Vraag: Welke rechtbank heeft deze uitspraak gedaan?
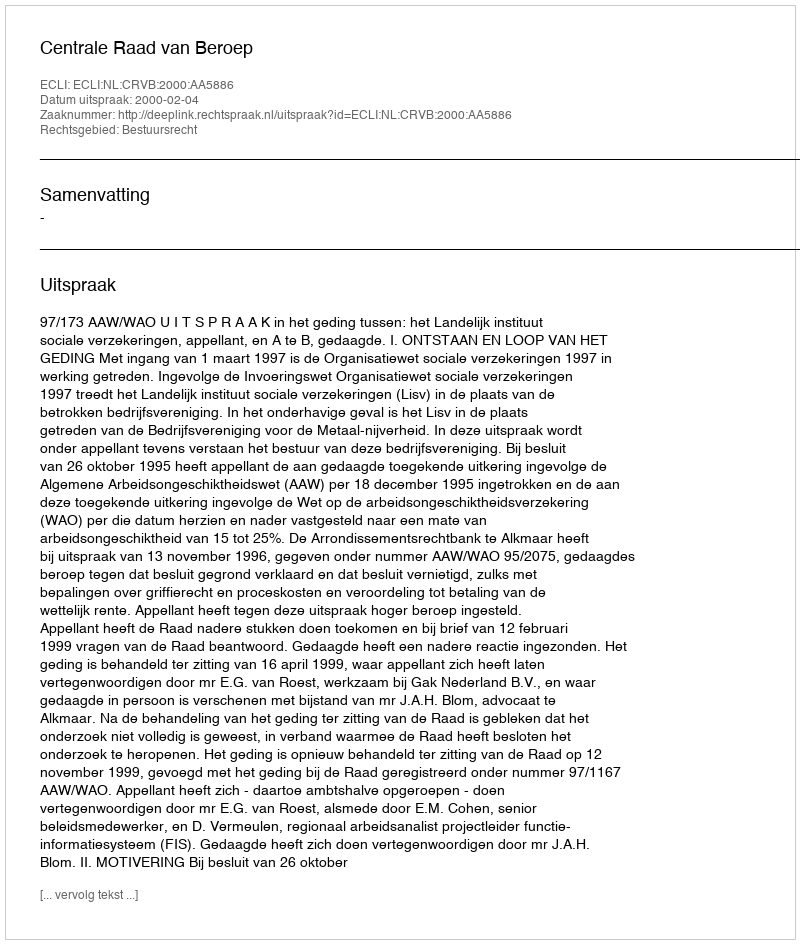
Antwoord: Centrale Raad van Beroep